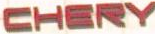
CHERY